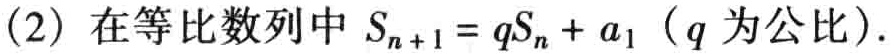
(2) 在等比数列中 \(S_{n + 1}=qS_{n}+a_{1}\)（\(q\)为公比）.